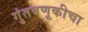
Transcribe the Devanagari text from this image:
गुंतवणूकीचा